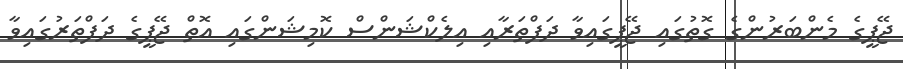
ޖޭޕީގެ މެންބަރުންގެ ގޮތުގައި ޖޭޕީގައިވާ ދަފްތަރާއި އިލެކްޝަންސް ކޮމިޝަންގައި އޮތް ޖޭޕީގެ ދަފްތަރުގައިވާ